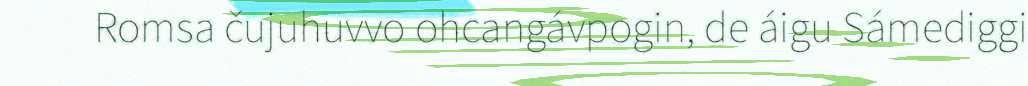
Romsa čujuhuvvo ohcangávpogin, de áigu Sámediggi